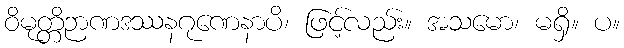
ဝိမုတ္တိဉာဏဒဿနဂုဏေနာပိ၊ ဖြင့်လည်း။ အသမော၊ မရှိ။ ပ။